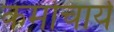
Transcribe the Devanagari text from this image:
कर्माचार्य